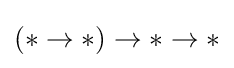
(*\rightarrow *)\rightarrow *\rightarrow *